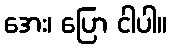
အေး၊ ပြော ငါပါ။